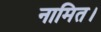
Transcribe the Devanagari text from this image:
नामित।